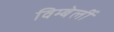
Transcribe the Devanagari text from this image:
विम्बेर्ली